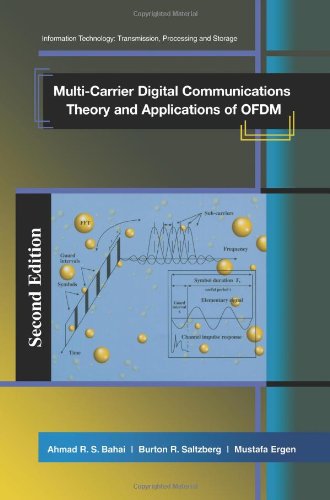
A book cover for Multi-Carrier Digital Communications: Theory and Applications of OFDM (Information Technology: Transmission, Processing and Storage); Ahmad R.S. Bahai; Computers & Technology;